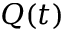
Q ( t )